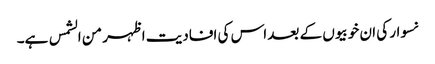
نسوار کی ان خوبیوں کے بعد اس کی افادیت اظہر من الشمس ہے۔